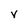
Character: V